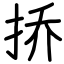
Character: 挢